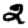
Digit: 2